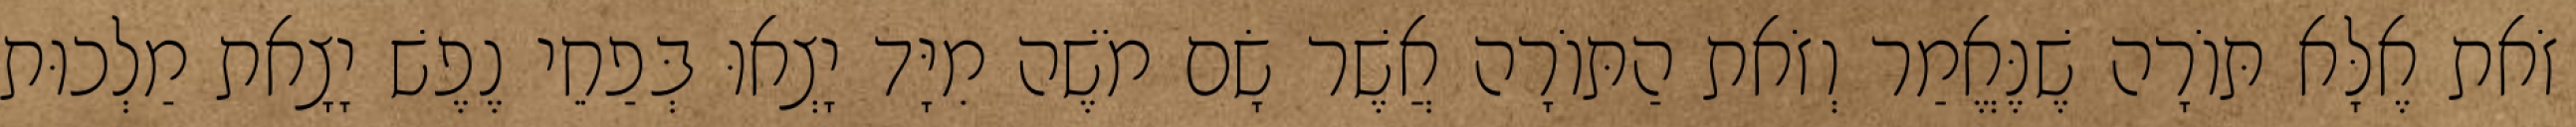
זֹאת אֶלָּא תּוֹרָה שֶׁנֶּאֱמַר וְזֹאת הַתּוֹרָה אֲשֶׁר שָׂם מֹשֶׁה מִיָּד יָצְאוּ בְּפַחֵי נֶפֶשׁ יָצָאת מַלְכוּת